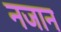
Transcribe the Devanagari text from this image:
नजान